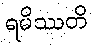
ရမိဿတိ